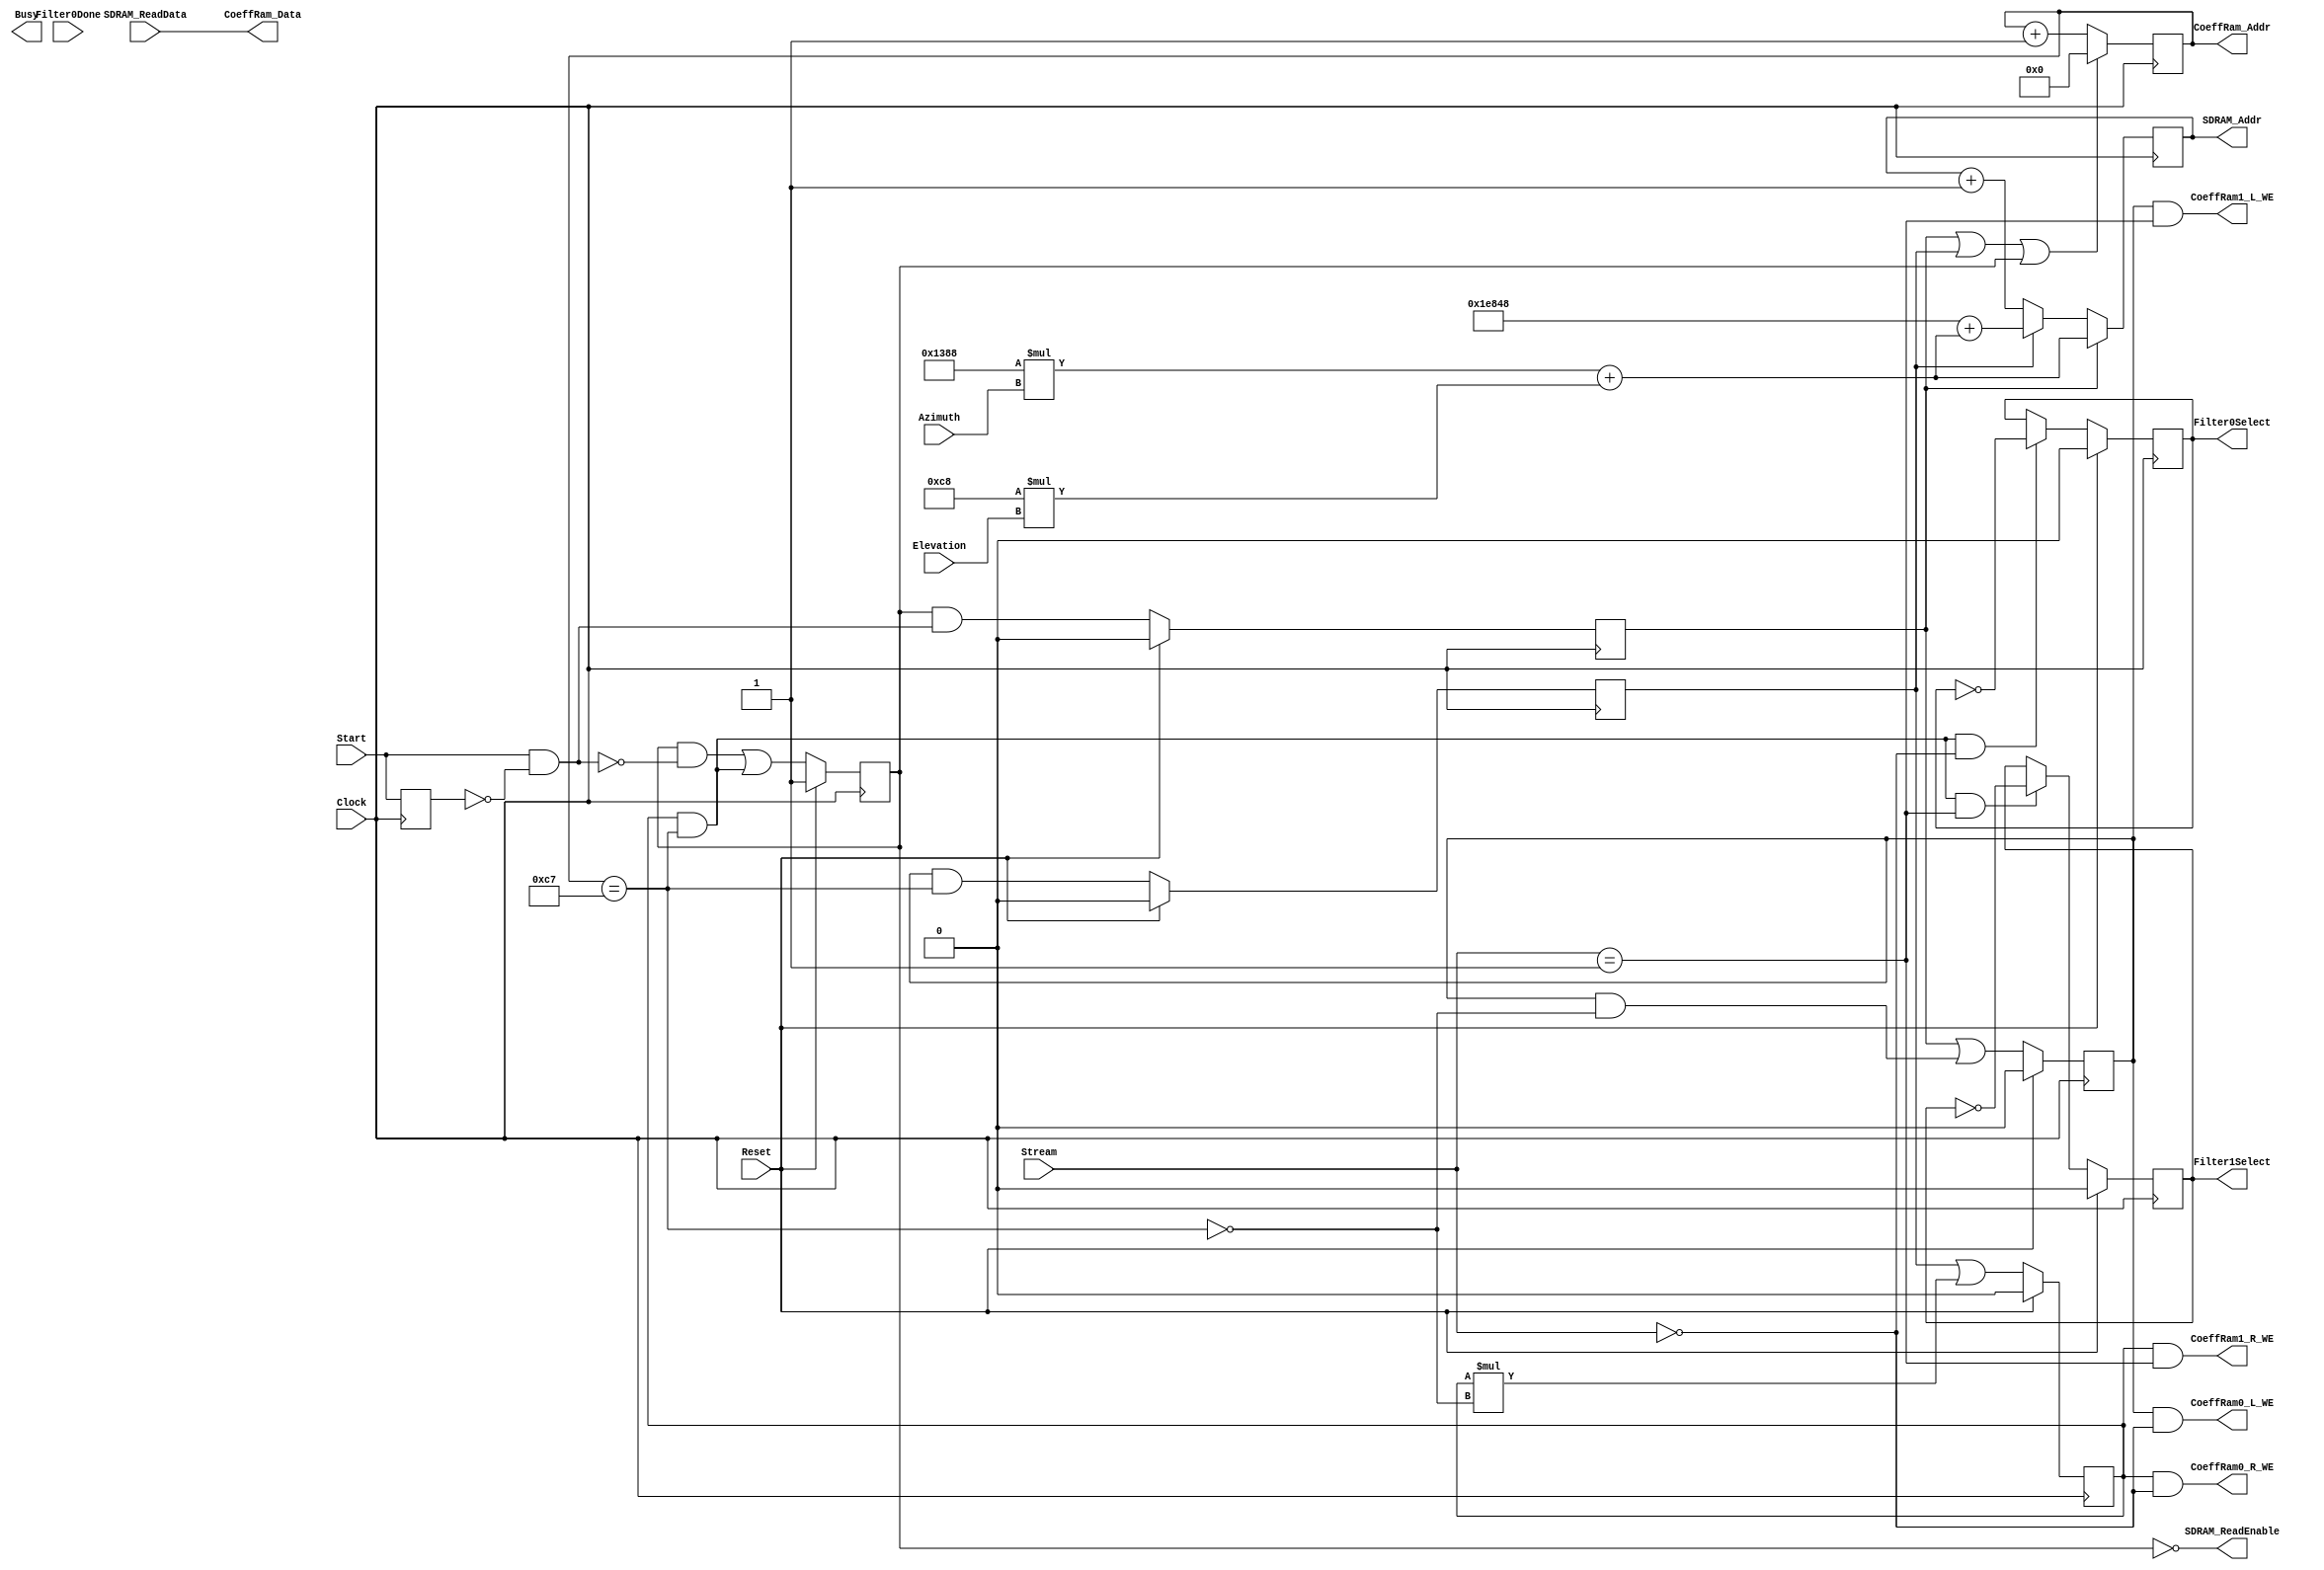
// Coefficient Updater logic
// Connects to the External RAM which contains the entire set of Coefficients (for 25 Elevations and 25 Azimuths)
// Control logic sets Azimuth/Elevation/Stream and pulses Start
// This loads the appropriate Coefficients from the main RAM, and writes them into each of the Coefficient RAMs for that stream.
// Upon completion of Updating the Coefficient ram, the Filter Select for that stream is inverted. 
// This indicates to the Filter logic that it should read from the other coefficient RAM after the current sample is done being processed.


module CoeffUpdater(
  Clock,
  Reset,
  Azimuth,
  Elevation,
  Stream,
  Start,
  Busy,

// External RAM which holds the entire set of Coefficients
// Originally planned to use the SDRAM, but decided to use the SRAM (never bothered to change the signal names)
  SDRAM_Addr,
  SDRAM_ReadData,
  SDRAM_ReadEnable,

// This is the Addr/Data for all writes to the Coefficient RAMs.  These connect to all RAMs and the Write Enables determine which RAM will make use of it.
  CoeffRam_Addr,
  CoeffRam_Data,

// Write Enable signals for the 4 Coefficient RAMs
  CoeffRam0_L_WE,
  CoeffRam0_R_WE,
  CoeffRam1_L_WE,
  CoeffRam1_R_WE,

// Select signals to determin which Coefficient RAM Bank is being read from, as well as which is being updated.
  Filter0Select,
  Filter1Select,
 
  Filter0Done

  );
  
  input       Clock;
  input       Reset;
  input [4:0] Azimuth;
  input [5:0] Elevation;
  input [3:0] Stream;
  input       Start;
  output      Busy;

  output [17:0] SDRAM_Addr;
  input  [16:0] SDRAM_ReadData;
  output        SDRAM_ReadEnable;

  output  [7:0] CoeffRam_Addr;
  output [16:0] CoeffRam_Data;
  output        CoeffRam0_R_WE;
  output        CoeffRam0_L_WE;
  output        CoeffRam1_L_WE;
  output        CoeffRam1_R_WE;
  output       Filter0Select;
  output       Filter1Select;

  input        Filter0Done;

  parameter    NUM_TAPS = 200;

  reg  Start_L;
  
  reg  StateIdle;
  reg  StateStartUpdateL;
  reg  StateUpdateL;
  reg  StateStartUpdateR;
  reg  StateUpdateR;


  reg [7:0] Count;

  reg  [7:0] CoeffRam_Addr;
  reg [17:0] SDRAM_Addr;
  reg        Filter0Select;
  reg        Filter1Select;

  wire UpdateDone = (CoeffRam_Addr == (NUM_TAPS-1));
  
  wire [17:0] sram_addr_computed_l,sram_addr_computed_r;

  

  wire StartPulse = Start & ~Start_L;
  always@(posedge Clock) begin
    Start_L <= Start;
  end

 
// Coefficient Updater State Machine
  always@(posedge Clock) begin
    if(Reset) begin
      StateIdle               <= 1'b1;
      StateStartUpdateL       <= 1'b0;
      StateUpdateL            <= 1'b0;
      StateStartUpdateR       <= 1'b0;
      StateUpdateR            <= 1'b0;
    end
    else begin
      StateIdle              <= StateIdle & ~StartPulse ||
                                StateUpdateR & UpdateDone;
  
      StateStartUpdateL      <= StateIdle & StartPulse;

      StateUpdateL           <= StateStartUpdateL ||
                                StateUpdateL & ~UpdateDone;

      StateStartUpdateR      <= StateUpdateL & UpdateDone;

      StateUpdateR           <= StateStartUpdateR ||
                                StateUpdateR * ~UpdateDone;
    end   
  end
  
  
  assign sram_addr_computed_l = (5000 * Azimuth) + (200 * Elevation);
  assign sram_addr_computed_r = 125000 + sram_addr_computed_l;

  assign SDRAM_ReadEnable   = ~StateIdle;

  assign CoeffRam0_L_WE = StateUpdateL & (Stream == 0);
  assign CoeffRam0_R_WE = StateUpdateR & (Stream == 0);
  assign CoeffRam1_L_WE = StateUpdateL & (Stream == 1);
  assign CoeffRam1_R_WE = StateUpdateR & (Stream == 1);

  assign CoeffRam_Data = SDRAM_ReadData;

  always@(posedge Clock) begin 

    SDRAM_Addr     <= (StateStartUpdateL)               ? sram_addr_computed_l :
                      (StateStartUpdateR)               ? sram_addr_computed_r : SDRAM_Addr + 1;

    CoeffRam_Addr <= (StateStartUpdateL | StateStartUpdateR | StateIdle) ?                    0 : CoeffRam_Addr + 1;

    Filter0Select <= (Reset)                     ? 0 : 
                     (StateUpdateR & UpdateDone & (Stream == 0)) ? ~Filter0Select :   Filter0Select;
    Filter1Select <= (Reset)                     ? 0 : 
                     (StateUpdateR & UpdateDone & (Stream == 1)) ? ~Filter1Select :   Filter1Select;
  end

endmodule